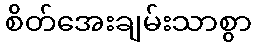
စိတ်အေးချမ်းသာစွာ